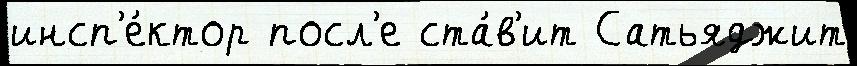
инсп'е́ктор посл'е ста́в'ит Сатьяджит